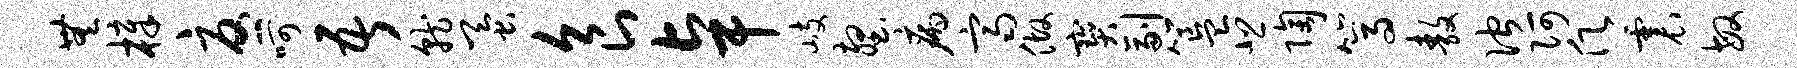
无樟忧呵吾就蚕食卓岐壑病齐做宝副簋悲陶篙敖伫阿愿震敏